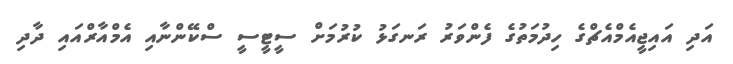
އަދި އައިޖީއެމްއެޗްގެ ހިދުމަތުގެ ފެންވަރު ރަނގަޅު ކުރުމަށް ސީޓީސީ ސްކޭންނާއި އެމްއާރްއައި ދާދި